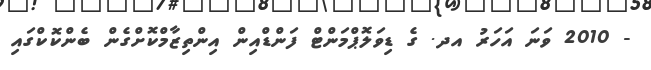
- 2010 ވަނަ އަހަރު އދ. ގެ ޑިވަލޮޕްމަންޓް ފަންޑްއިން އިންތިޒާމްކޮށްގެން ބެންކޮކްގައި